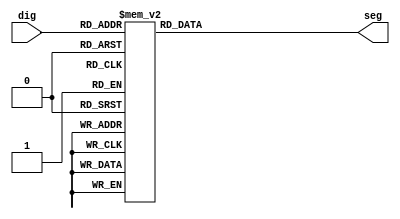
module driver7seg (dig,seg);

	input [3:0] dig;
	output reg [6:0] seg;
	
	always @(*) begin
		
		case (dig)
			4'b0000: seg = 7'b1000000;
			4'b0001: seg = 7'b1111001;
			4'b0010: seg = 7'b0100100;
			4'b0011: seg = 7'b0110000;
			4'b0100: seg = 7'b0011001;
			4'b0101: seg = 7'b0010010;
			4'b0110: seg = 7'b0000010;
			4'b0111: seg = 7'b1111000;
			4'b1000: seg = 7'b0000000;
			4'b1001: seg = 7'b0010000;
			default: seg = 7'b1111111;
		endcase
	end
endmodule